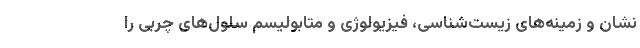
نشان و زمینه‌های زیست‌شناسی، فیزیولوژی و متابولیسم سلول‌های چربی را